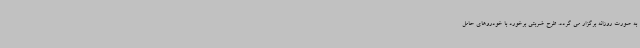
به صورت روزانه برگزار می گردد. طرح ضربتی برخورد با خودروهای حامل